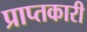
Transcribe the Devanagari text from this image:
प्राप्तकारी